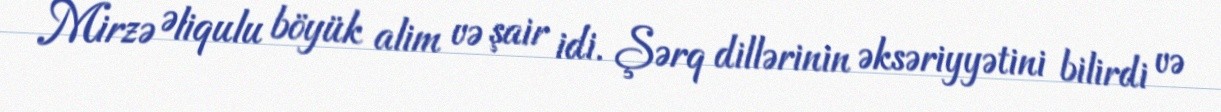
Mirzə Əliqulu böyük alim və şair idi. Şərq dillərinin əksəriyyətini bilirdi və